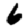
Digit: 6